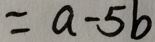
= a - 5 b